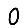
Digit: 0